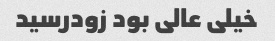
خیلی عالی بود زودرسید